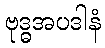
ဗုဒ္ဓအပဒါနံ